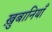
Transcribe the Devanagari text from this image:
ख़ुबानियाँ